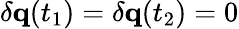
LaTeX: \delta\mathbf{q}(t_{1})=\delta\mathbf{q}(t_{2})=0